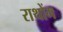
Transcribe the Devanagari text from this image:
राथोंग